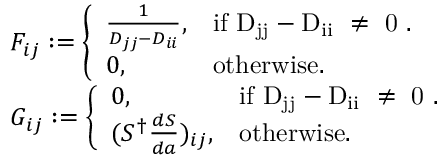
\begin{array} { r l } & { F _ { i j } : = \left\{ \begin{array} { l l } { \frac { 1 } { D _ { j j } - D _ { i i } } , } & { \mathrm { i f ~ D _ { j j } - D _ { i i } ~ \neq ~ 0 ~ } . } \\ { 0 , } & { \mathrm { o t h e r w i s e } . } \end{array} \right. } \\ & { G _ { i j } : = \left\{ \begin{array} { l l } { 0 , } & { \mathrm { i f ~ D _ { j j } - D _ { i i } ~ \neq ~ 0 ~ } . } \\ { ( S ^ { \dagger } \frac { d S } { d a } ) _ { i j } , } & { \mathrm { o t h e r w i s e } . } \end{array} \right. } \end{array}